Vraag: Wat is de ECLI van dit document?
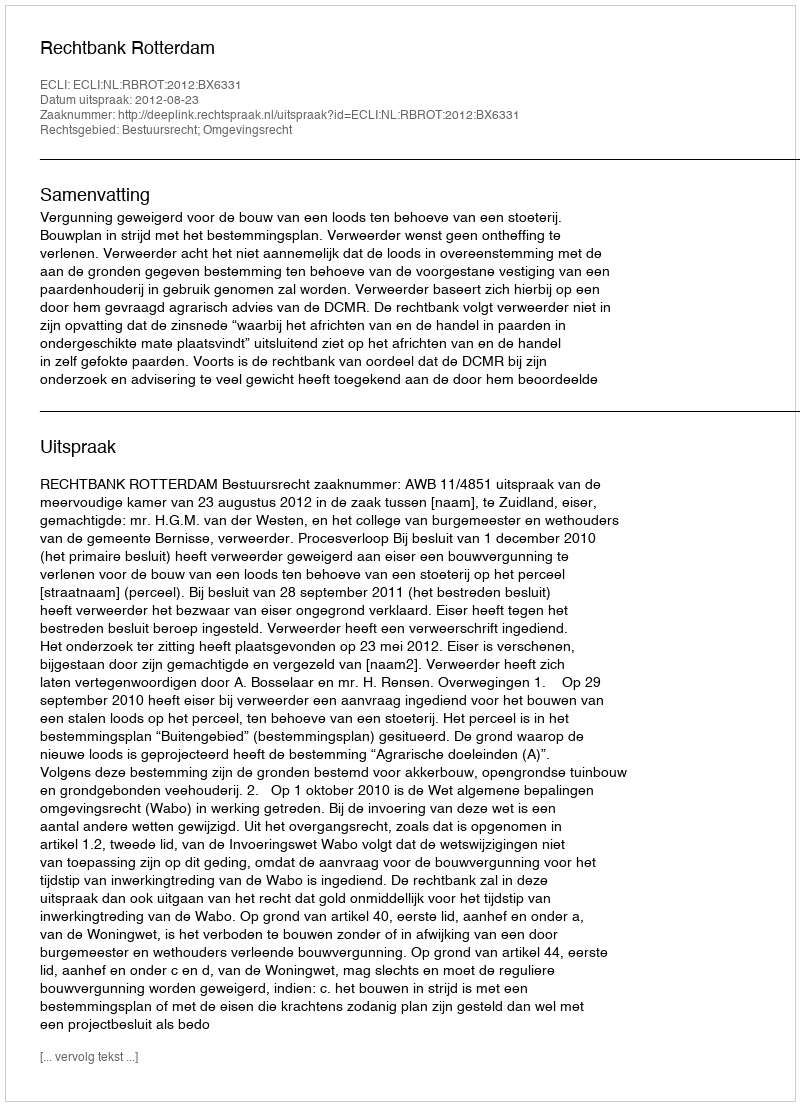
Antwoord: ECLI:NL:RBROT:2012:BX6331